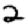
Digit: 2